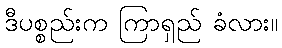
ဒီပစ္စည်းက ကြာရှည် ခံလား။